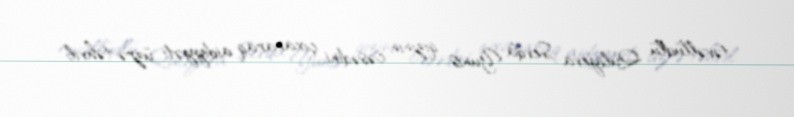
təvəllüdlü Quliyeva Sevda Yunis qızının cəsədini çıxararaq aidiyyəti üzrə təhvil